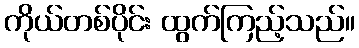
ကိုယ်တစ်ပိုင်း ထွက်ကြည့်သည်။